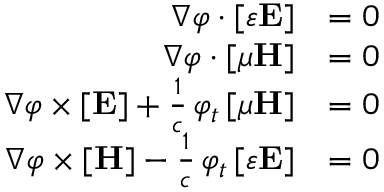
{ \begin{array} { r l } { \nabla \varphi \cdot [ \varepsilon \mathbf { E } ] } & { = 0 } \\ { \nabla \varphi \cdot [ \mu \mathbf { H } ] } & { = 0 } \\ { \nabla \varphi \times [ \mathbf { E } ] + { \frac { 1 } { c } } \, \varphi _ { t } \, [ \mu \mathbf { H } ] } & { = 0 } \\ { \nabla \varphi \times [ \mathbf { H } ] - { \frac { 1 } { c } } \, \varphi _ { t } \, [ \varepsilon \mathbf { E } ] } & { = 0 } \end{array} }